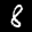
Label: 8